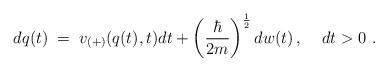
LaTeX: \begin{align*}dq(t) \; = \; v_{(+)}(q(t),t)dt + \left( \frac{\hbar}{2m}\right)^{\frac{1}{2}} dw(t) \, , \; \; \; \; dt > 0 \, \, .\end{align*}